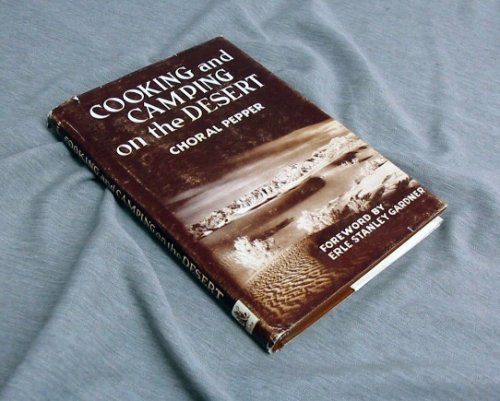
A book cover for Cooking and camping on the desert: Driving and surviving in the desert,; Choral Pepper; Cookbooks, Food & Wine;